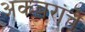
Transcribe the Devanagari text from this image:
अकबरांचे